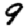
Digit: 9